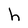
Character: h